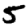
Digit: 5